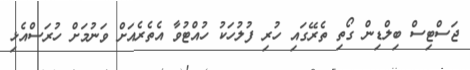
ޖަސްޓިސް ބިލްޑިން ގޯތި ތެރޭގައި ހުރި ފުލުހަކު ހުއްޓުވާ އެތެރެއަށް ވަނުމަށް ހުރަސްއެޅި